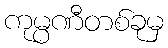
ကုမ္ပဏီတစ်ခုမှ